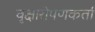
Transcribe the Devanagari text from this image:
वृक्षारोपणकर्ता